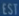
STF